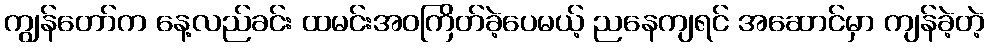
ကျွန်တော်က နေ့လည်ခင်း ထမင်းအဝကြိတ်ခဲ့ပေမယ့် ညနေကျရင် အဆောင်မှာ ကျန်ခဲ့တဲ့